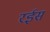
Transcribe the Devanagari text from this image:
रर्इस